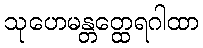
သုဟေမန္တတ္ထေရဂါထာ